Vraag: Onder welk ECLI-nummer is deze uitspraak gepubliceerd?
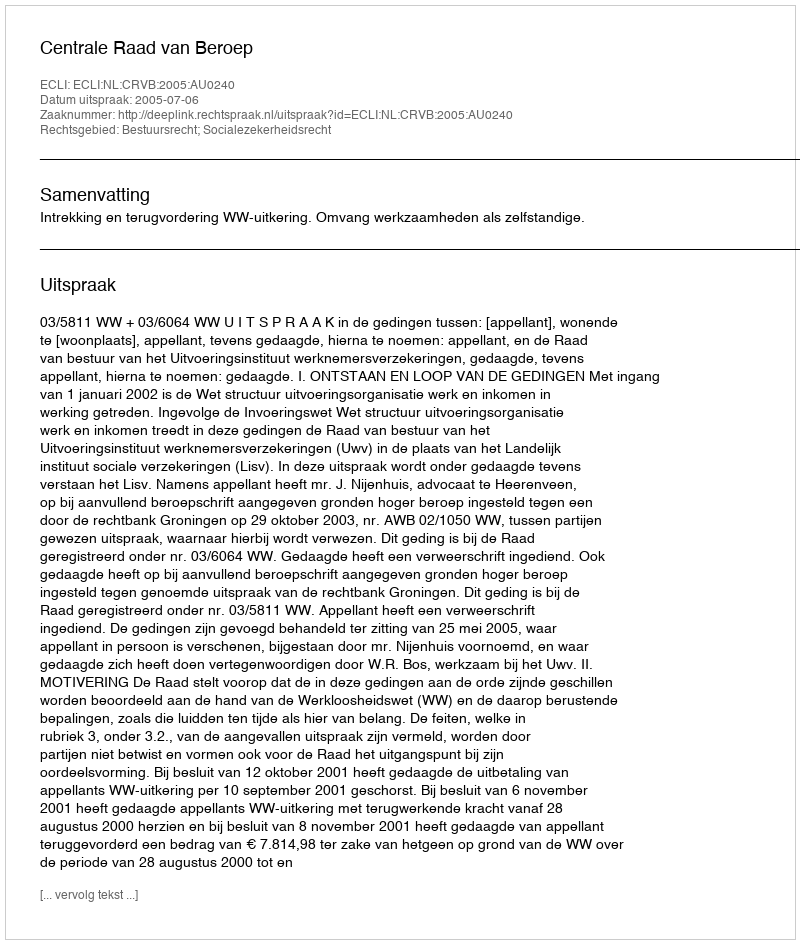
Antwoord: ECLI:NL:CRVB:2005:AU0240